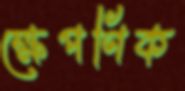
ক্ষেপণিক